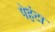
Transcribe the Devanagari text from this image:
पेहंटा